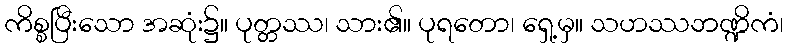
ကိစ္စပြီးသော အဆုံး၌။ ပုတ္တဿ၊ သား၏။ ပုရတော၊ ရှေ့မှ။ သဟဿဘဏ္ဍိကံ၊